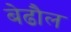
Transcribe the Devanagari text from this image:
बेढौल